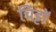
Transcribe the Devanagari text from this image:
चिट्टों